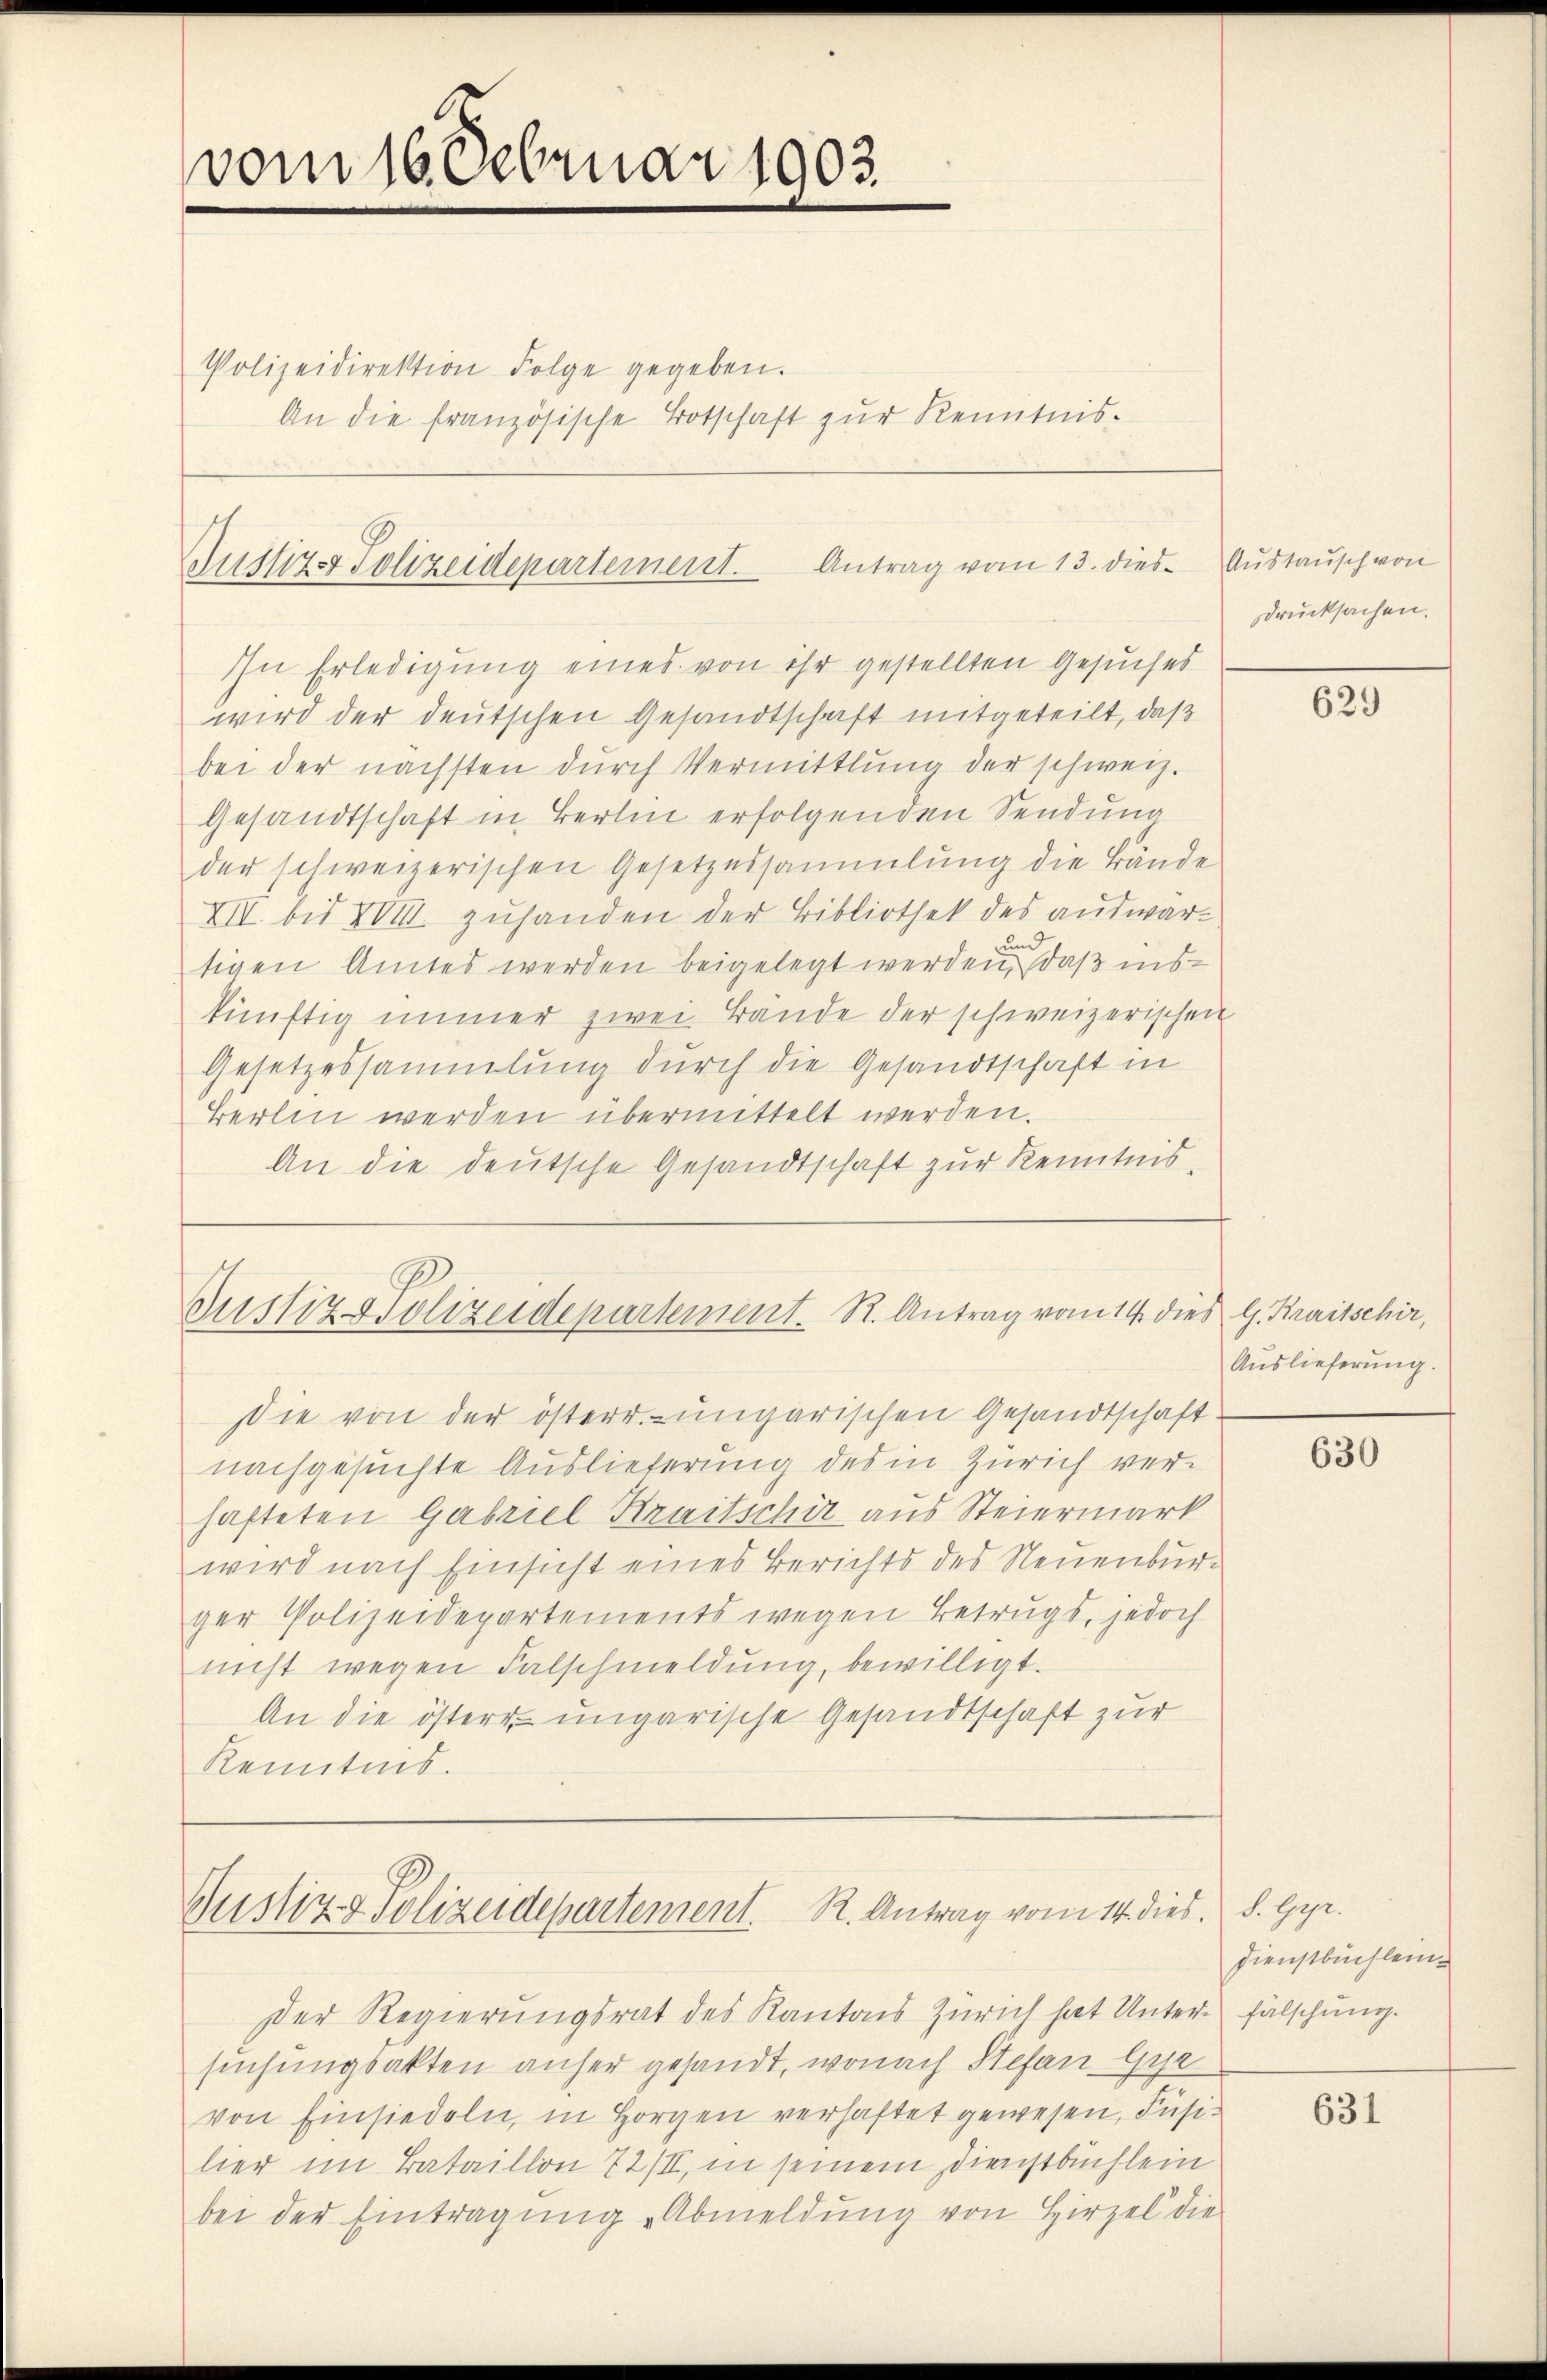
vom 16. Februar 1903.

Polizeidirektion Folge gegeben.
An die französische Totschaft zŭr Kenntnis.

Gustiz- Polizeidepartement. Antrag vom 13. dies¬

In Erledigung eines von ihr gestellten Gesuches
wird der deutschen Gesandtschaft mitgeteilt, daß
bei der nächsten dŭrch Vermittlung der schweiz.
Gesandtschaft in Berlin erfolgenden Sendung
der schweizerischen Gesetzessammlung die Bände
XII bis XVIII. zŭhanden der Bibliothek des auswarun
tigen Amtes werden beigelegt werden, daß inskünftig immer zwei Bände der schweizerischen
Gesetzessammlung durch die Gesandtschaft in
Berlin werden übermittelt werden.
An die deutsche Gesandtschaft zur Kenntnis,

Justiz & Polizeidepartement. R. Antrag vom 14. dies G. Kreisschir,

Gustiz- & Polizeidepartement. R. Antrag vom 14. dies. S. Gyr.

sie von der österr.-ungarischen Gesandtschaftnachgesuchte Auslieferung des in Zürich verhafteten Gabriel Kraitschir aus Steiermark
wird nach Einsicht eines Berichts des Neuenburger Polizeidepartements wegen Betrugs, jedoch
nicht wegen Falschmeldung, bewilligt.
An die öster ungarische Gesandtschaft zur
Kenntnis.

Der Regierungsrat des Kantons Zürich hat Unter fälschung.
suchungsakten anher gesandt, wonach Stefan Gyr
von Einsiedeln, in Horgen verhaftet gewesen, Füsilier im Bataillon 72/II, in seinem Dienstbuchlein
bei der Eintragŭng "Abmeldŭng von Hirzel die

Austausch von
drucksachen.

629

Auslieferung.

630

Dienstbuchlein¬

631